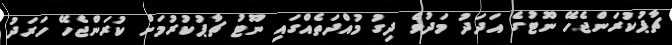
ޗާޕުކުރަންޖެހޭ ނޫޓުގެ އަދަދު މަދުވެ ދިގު މުއްދަތެއްގައި ނޫޓު ޗާޕުކުރުމަށް ކުރަންޖެހޭ ހަރަދު